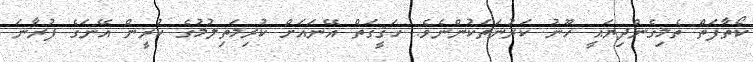
ކޯތާފަތް ތެމިގެންދިޔައީ ހޫނު ކަރުނަތަކުންނެވެ. ހަޤީގަތް އޭނައަށް ކުރިމަތިލުމުގެ ކުރީން އޭނަގެ ފުރާނަ